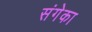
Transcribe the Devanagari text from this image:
संगेका